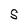
Character: S